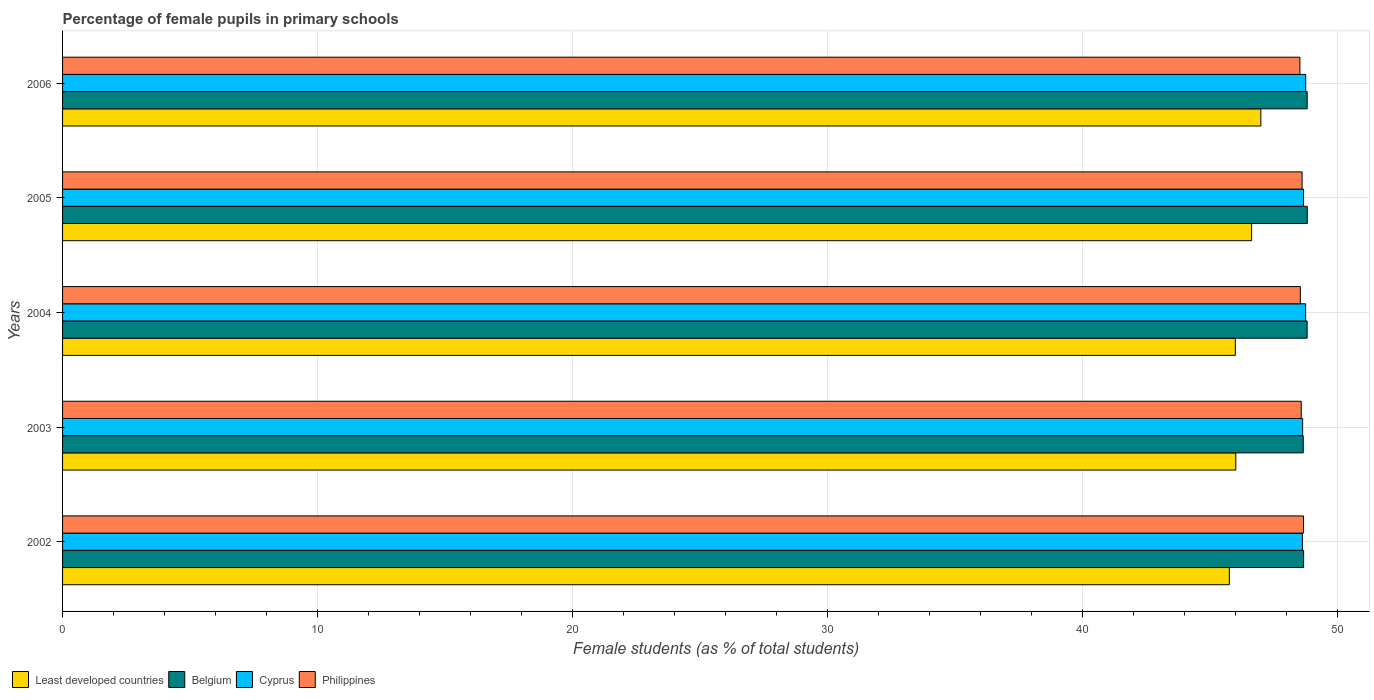
| Years | Least developed countries | Belgium | Cyprus | Philippines |
 | --- | --- | --- | --- | --- |
 | 2002 | 45.8 | 48.7 | 48.6 | 48.7 |
 | 2003 | 46 | 48.7 | 48.6 | 48.6 |
 | 2004 | 46 | 48.8 | 48.8 | 48.5 |
 | 2005 | 46.6 | 48.8 | 48.7 | 48.6 |
 | 2006 | 47 | 48.8 | 48.8 | 48.5 |